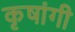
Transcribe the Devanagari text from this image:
कृषांगी